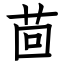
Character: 茴